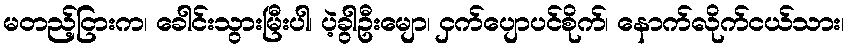
မတည့်ငြားက၊ ခေါင်းသွားမြီးပါ၊ ပဲ့ခွါဦးမျော၊ ငှက်ပျောပင်စိုက်၊ နောက်လိုက်ငယ်သား၊